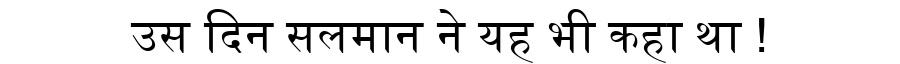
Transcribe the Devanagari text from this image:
उस दिन सलमान ने यह भी कहा था !